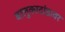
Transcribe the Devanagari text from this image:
बालुकादांडावर